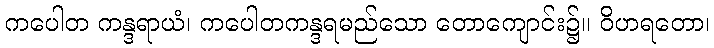
ကပေါတ ကန္ဒရာယံ၊ ကပေါတကန္ဒရမည်သော တောကျောင်း၌။ ဝိဟရတော၊